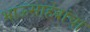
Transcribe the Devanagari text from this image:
भाऊसाहेबांचा